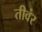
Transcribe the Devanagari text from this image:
तीवंर